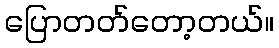
ပြောတတ်တော့တယ်။